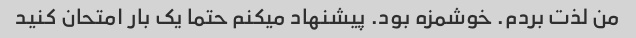
من لذت بردم. خوشمزه بود. پیشنهاد میکنم حتما یک بار امتحان کنید